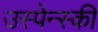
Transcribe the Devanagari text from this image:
उस्पेन्स्की